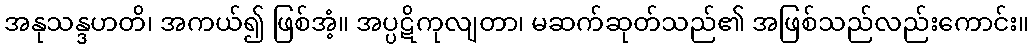
အနုသန္ဒဟတိ၊ အကယ်၍ ဖြစ်အံ့။ အပ္ပဋိကုလျတာ၊ မဆက်ဆုတ်သည်၏ အဖြစ်သည်လည်းကောင်း။